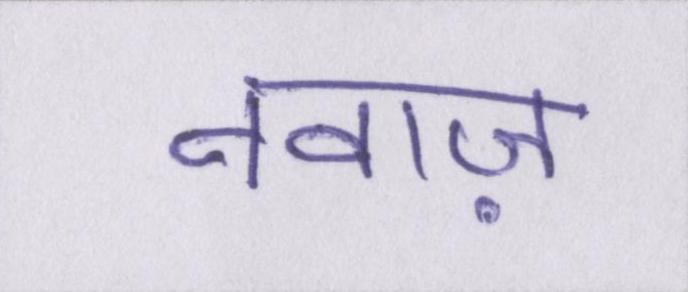
नवाज़